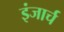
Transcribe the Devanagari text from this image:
इंजार्च